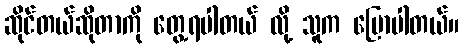
ဆိုင်တယ်ဆိုတာကို တွေ့ရပါတယ် လို့ သူက ပြောပါတယ်။